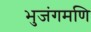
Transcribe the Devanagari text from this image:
भुजंगमणि